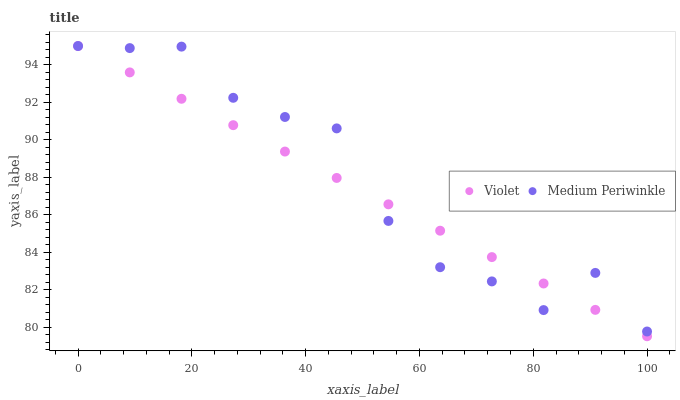
| xaxis_label | Violet | Medium Periwinkle |
 | --- | --- | --- |
 | 0 | 95 | 95 |
 | 9.09 | 93.6 | 94.9 |
 | 18.2 | 92.2 | 95 |
 | 27.3 | 90.8 | 92.2 |
 | 36.4 | 89.4 | 91.2 |
 | 45.5 | 88 | 90.6 |
 | 54.5 | 86.6 | 85.7 |
 | 63.6 | 85.1 | 83.2 |
 | 72.7 | 83.7 | 82.4 |
 | 81.8 | 82.3 | 80.9 |
 | 90.9 | 80.9 | 82.9 |
 | 100 | 79.5 | 79.8 |